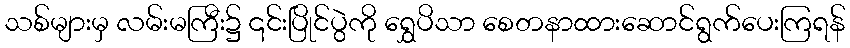
သစ်များမှ လမ်းမကြီး၌ ၎င်းပြိုင်ပွဲကို ရွှေပိသာ စေတနာထားဆောင်ရွက်ပေးကြရန်